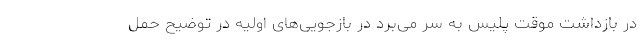
در بازداشت موقت پلیس به سر می‌برد در بازجویی‌های اولیه در توضیح حمل